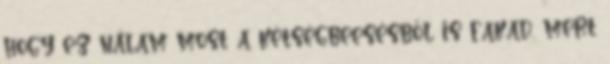
hogy ez nálam most a kétségbeesésből is fakad, mert